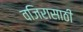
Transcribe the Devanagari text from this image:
वजिरासाठी